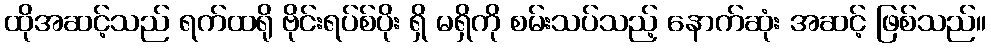
ထိုအဆင့်သည် ရက်ထရို ဗိုင်းရပ်စ်ပိုး ရှိ မရှိကို စမ်းသပ်သည့် နောက်ဆုံး အဆင့် ဖြစ်သည်။